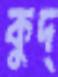
কুদ্